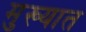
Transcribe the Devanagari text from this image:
मुख्यात